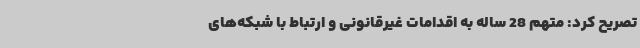
تصریح کرد: متهم 28 ساله به اقدامات غیرقانونی و ارتباط با شبکه‌های